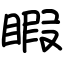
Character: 睱